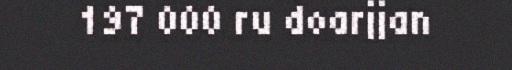
197 000 ru doarjjan